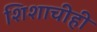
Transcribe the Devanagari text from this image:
शिशाचीही